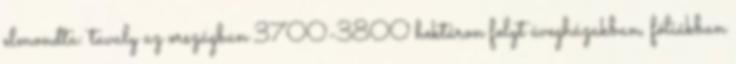
elmondta: tavaly az országban 3700-3800 hektáron folyt üvegházakban, fóliákban